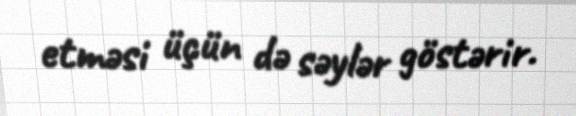
etməsi üçün də səylər göstərir.